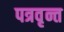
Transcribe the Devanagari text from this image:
पत्रवृन्त